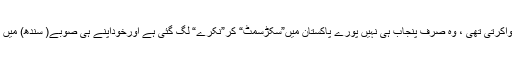
ویسے پیپلزپارٹی جس کی چاروں صوبوں میں مناسب نمائندگی ہواکرتی تھی ، وہ صرف پنجاب ہی نہیں پورے پاکستان میں”سُکڑسِمٹ“ کر”نُکرے“ لَگ گئی ہے اورخوداپنے ہی صوبے( سندھ) میں بھی اُس کی نمائندگی صرف ”دیہی سندھ“ تک محدودہو گئی ہے ۔